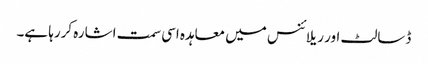
ڈسالٹ اور ریلائنس میں معاہدہ اسی سمت اشارہ کررہا ہے۔